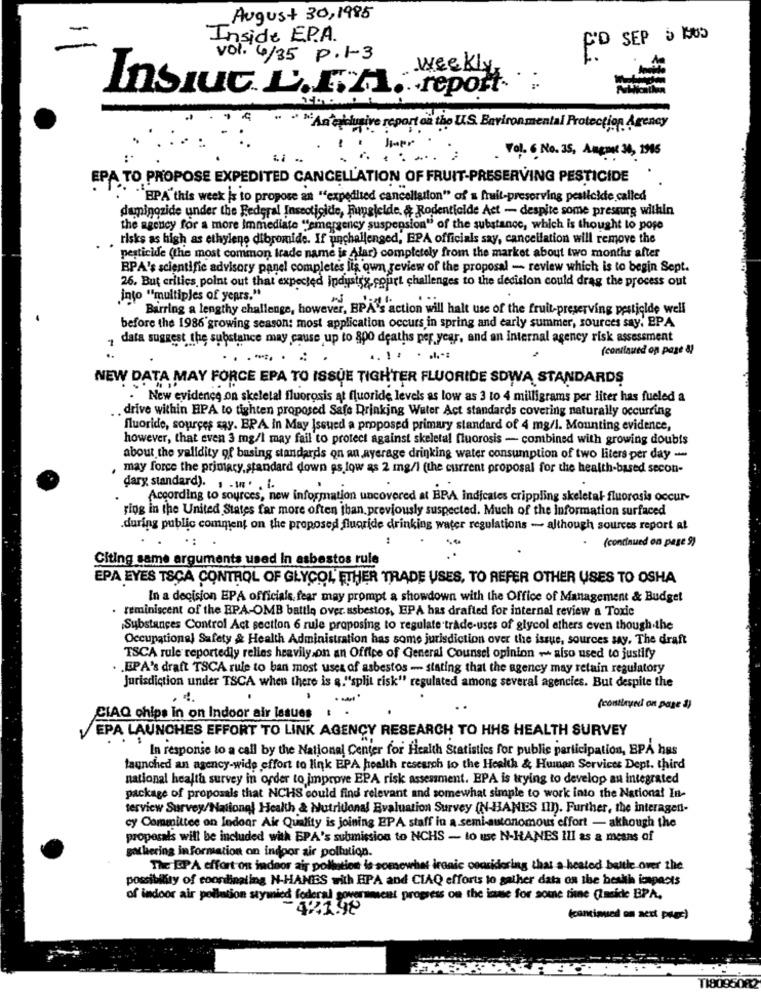
August 30, 1985
Inside E.P.A.
FD SEP 5 165
vol. 4/35 p.1-3
weekly
Insuc. D.E.A. report
"Antaklusive report on the U.S. Environmental Protection Agency
..... .
Vol. 6 No. 35, Anemu 30, 1996
EPA TO PROPOSE EXPEDITED CANCELLATION OF FRUIT-PRESERVING PESTICIDE
"""BPA" this week is to propose an "expedited cancellation" of & fruit-preserving pestickie called
demingzide under the Federal Insecticide, Fungicide, & Rodenticide Act - despite some pressure within
the agency for a more immediate ""emergency suspension" of the substance, which is thought to pose
. risks as high as ethylene dibromide. If unchallenged, EPA officials say, cancellation will remove the
pesticide (the most common trade name is Alar) completely from the market about two months after
BPA's scientific advisory panel completes lis own review of the proposal - review which is to begin Sept.
26. But critics point out that expected industry court challenges to the decision could drag the process out
info ""multiples of years."
Barring a lengthy challenge, however, BPA's action will halt use of the fruit-preserving pesticide well
before the 1986 growing season: most application occurs in spring and early summer, sources say, PPA
1
data suggest the substance may cause up to 800 deaths per year, and an internal agency risk assessment
(continued on page &]
.-. . .
NEW DATA MAY FORCE EPA TO ISSUE TIGHTER FLUORIDE SDWA STANDARDS
New evidence on skeletal fluorosis at fluoride levels as low as 3 to 4 milligrams per liter has fueled a
. . drive within HPA to tighten proposed Safe Drinking Water Act standards covering naturally occurring
fluoride, sources say. EPA in May Issued a proposed primary standard of 4 mg/l. Mounting evidence,
however, that even 3 mg/l may fail to protect against skeletal fluorosis - combined with growing doubts
about the validity of basing standards on an nyerage drinking water consumption of two liters per day --
may force the primiary, standard down as low as 2 mg/l (the current proposal for the health-based secon-
dary standard). . . . . i.
According to sources, new information uncovered at BRA indicates crippling skeletal fluorosis occur-
ring in the United States far more often than. previously suspected. Much of the information surfaced
during public comment on the proposed fluoride drinking water regulations - although sources report at
(continued on page 9)
Citing same arguments used In asbestos rule
EPA EYES TSÇA CONTROL OF GLYCOL ETHER TRADE USES, TO REFER OTHER USES TO OSHA
In a decision EPA officials, fear may prompt a showdown with the Office of Management & Budget
reminiscent of the BPA-OMB battle over. asbestos, EPA has drafted for internal review a Toxic
Substances Control Act section 6 rule proposing to regulate trade-uses of glycol ethers even though the
Occupational Safety & Health Administration has some jurisdiction over the issue, sources say. The draft
TSCA rule reportedly relies heavily on an Office of General Counsel opinion - also used to justify
. . EPA's draft TSCA rule to ban most uses of asbestos -- stating that the agency may retain regulatory
Jurisdiction under TSCA when there is &."split risk" regulated among several agencies. But despite the
(continued on page a)
CIAQ chips In on Indoor air issues
EPA LAUNCHES EFFORT TO LINK AGENCY RESEARCH TO HHS HEALTH SURVEY
In response to a call by the National Center for Health Statistics for public participation, BPA hus
launched an agency-wide effort to link EPA health research to the Health & Human Services Dept. third
national health survey in order to improve EPA risk assessment. EPA is trying to develop an integrated
package of proposals that NCHS could find relevant and somewhat simple to work into the National In-
servicw Survey/National Health & Nutritional Evaluation Survey (N-HANES III). Further, the interagen-
cy Committee on Indoor Air Quality is joining EPA staff in a semi-autonomous effort - akthough the
proposals will be included with EPA's submission to NCHS - to use N-HANES Ill as a means of
gathering information on indoor air pollution.
The EPA effort on indoor air pollution is somewhat ironic considering that a heated battle over the
possibility of coordinating N-HANES with HPA and CIAQ efforts to gather data on the health impacts
of indoor air pollution stymied federal government progress on the inne for some time (Inside EPA.
421.98
(continued on aett poter)
T18085082